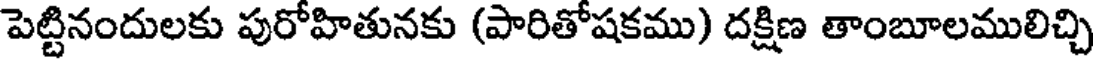
పెట్టినందులకు పురోహితునకు (పారితోషకము) దక్షిణ తాంబూలములిచ్చి